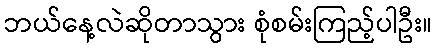
ဘယ်နေ့လဲဆိုတာသွား စုံစမ်းကြည့်ပါဦး။